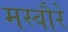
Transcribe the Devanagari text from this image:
मस्वौरे